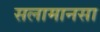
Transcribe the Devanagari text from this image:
सलामानसा